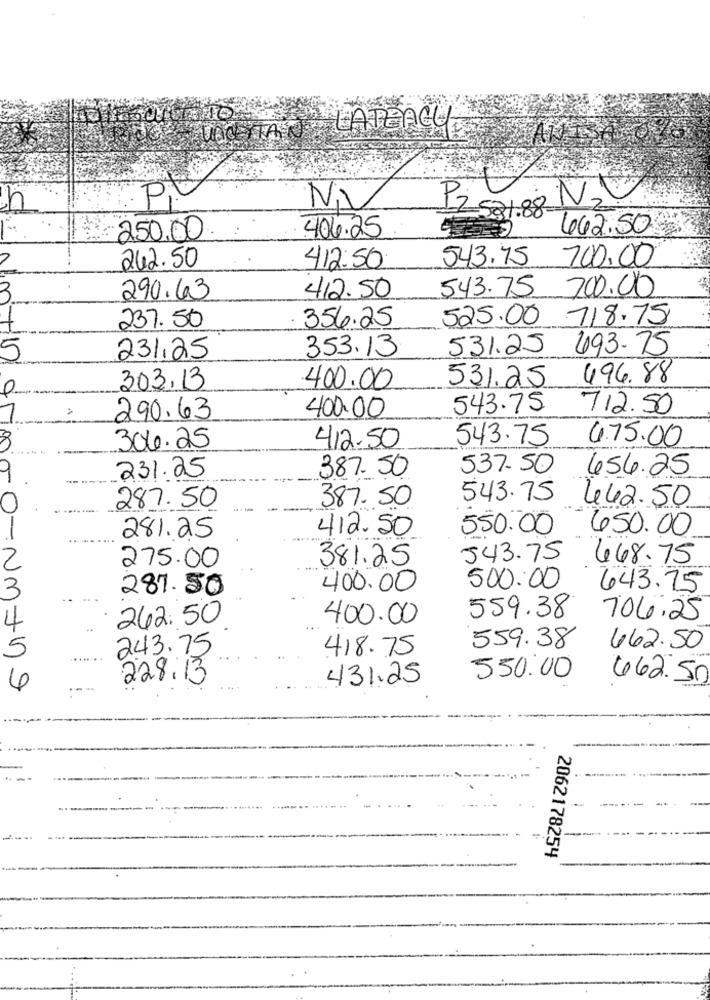
LATEAGY
TAN
Pi
NI
PZ 521.88 N2
406.25
442.50
250,00
242.50
412:50
543.75
700.00
543.75 700.00
3
290.63
412.50
1
237.50
356.25
525.00 .718.75
353.13
531.25
493.75
5
231,25
531.25
496.88
0
303.13
400.00
400.00
543.75
712.50
290.63
543.75
475.00
306.25
412.50
387.50
537.50
654.25
231.25
387.50
543.75 462.50
287.50
412.50
550.00
650.00
281.25
2
381.25
543.75
468.75
275.00
3
287.50
400.00
500.00
443.75
559.38
242.50
400.00
704.25
4
243.75
418.75
559.38
462.50
5
228.13
431.25
550.00
462.50
4
---
2062178254